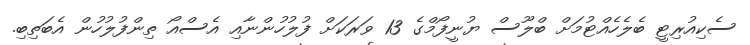
ސެކިއުރިޓީ ބެލެހެއްޓުމަށް ބްލޫސް ޔުނީފޯމްގެ 13 ވަރަކަށް ފުލުހުންނާއި އެސްއޯ ތިންފުލުހުން އެބަތިބި.